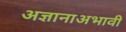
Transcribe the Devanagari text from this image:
अज्ञानाअभावी